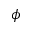
\phi